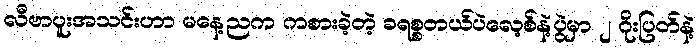
လီဗာပူးအသင်းဟာ မနေ့ညက ကစားခဲ့တဲ့ ခရစ္စတယ်ပဲလေ့စ်နဲ့ပွဲမှာ ၂ ဂိုးပြတ်နဲ့